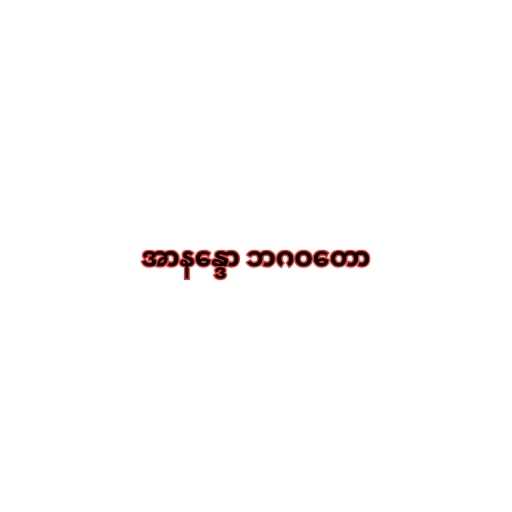
အာနန္ဒော ဘဂဝတော